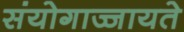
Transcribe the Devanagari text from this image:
संयोगाज्जायते